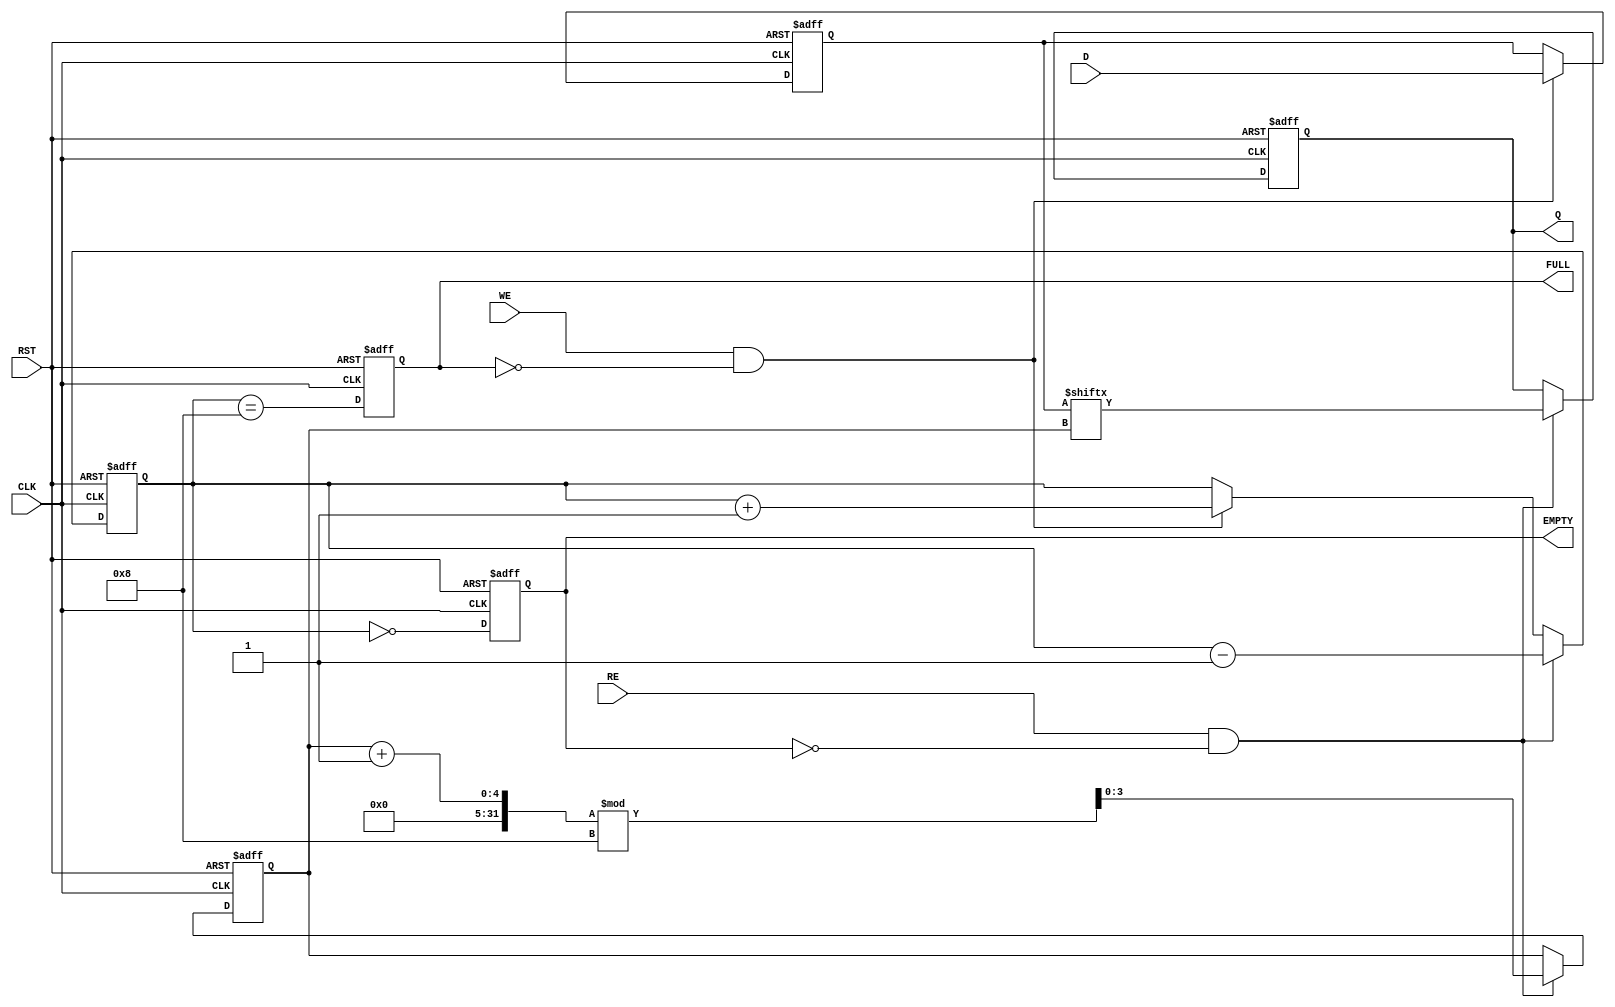
module FIFO_PISO #(
    parameter N = 8 // Size of the FIFO (number of bits it can hold)
)(
    input  wire [N-1:0] D,     // Parallel Data Input
    input  wire WE,            // Write Enable
    input  wire RE,            // Read Enable
    input  wire CLK,           // Clock
    input  wire RST,           // Reset
    output reg  Q,             // Serial Data Output
    output reg  EMPTY,         // Empty Flag
    output reg  FULL           // Full Flag
);

    reg [N-1:0] fifo_storage;   // Storage array for FIFO
    reg [3:0] write_pointer;     // Write pointer
    reg [3:0] read_pointer;      // Read pointer
    reg [3:0] count;             // Number of elements in FIFO

    // Asynchronous reset
    always @(posedge CLK or posedge RST) begin
        if (RST) begin
            fifo_storage <= 0;
            write_pointer <= 0;
            read_pointer <= 0;
            count <= 0;
            Q <= 0;
            EMPTY <= 1;
            FULL <= 0;
        end else begin
            // Write operation
            if (WE && !FULL) begin
                fifo_storage <= D; // Store data in FIFO
                write_pointer <= (write_pointer + 1) % N; // Update write pointer
                count <= count + 1; // Increment count
            end

            // Read operation
            if (RE && !EMPTY) begin
                Q <= fifo_storage[read_pointer]; // Output the serial data
                read_pointer <= (read_pointer + 1) % N; // Update read pointer
                count <= count - 1; // Decrement count
            end

            // Update EMPTY and FULL flags
            EMPTY <= (count == 0);
            FULL <= (count == N);
        end
    end

endmodule